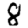
Digit: 8